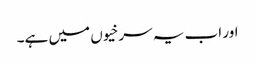
اور اب یہ سرخیوں میں ہے۔